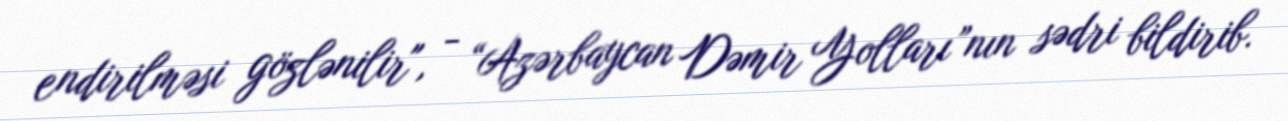
endirilməsi gözlənilir", - “Azərbaycan Dəmir Yolları”nın sədri bildirib.